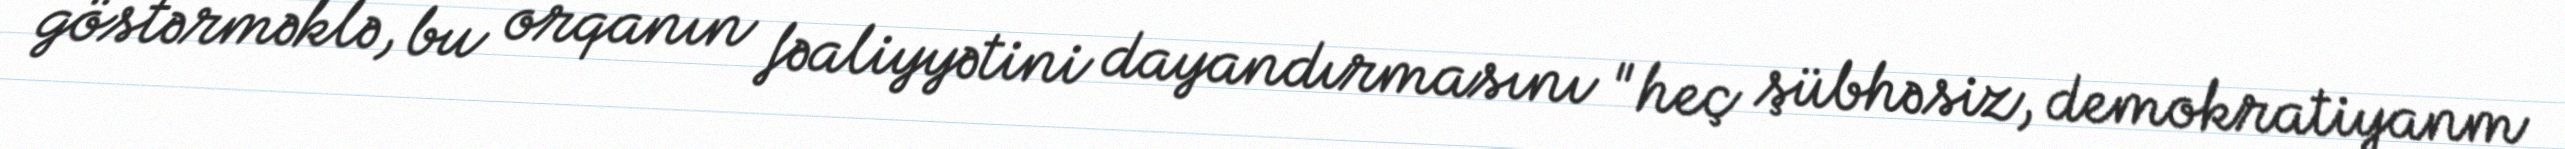
göstərməklə, bu orqanın fəaliyyətini dayandırmasını "heç şübhəsiz, demokratiyanm